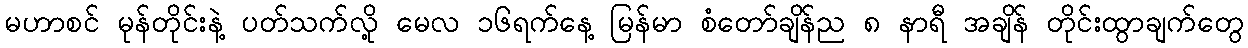
မဟာစင် မုန်တိုင်းနဲ့ ပတ်သက်လို့ မေလ ၁၆ရက်နေ့ မြန်မာ စံတော်ချိန်ည ၈ နာရီ အချိန် တိုင်းထွာချက်တွေ